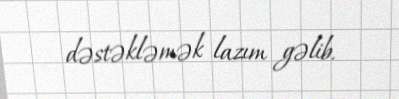
dəstəkləmək lazım gəlib.